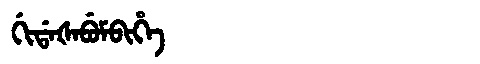
Manchu: ᡤᡳᡩᠠᡧᠠᠪᡠᠮᠪᡳᡥᡝ
Romanization: GIDAŠABUMBIHE